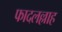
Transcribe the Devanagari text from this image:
फादलल्लाह